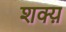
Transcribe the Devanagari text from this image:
शक्य़